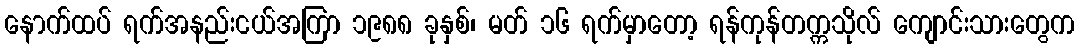
နောက်ထပ် ရက်အနည်းငယ်အကြာ ၁၉၈၈ ခုနှစ်၊ မတ် ၁၆ ရက်မှာတော့ ရန်ကုန်တက္ကသိုလ် ကျောင်းသားတွေက